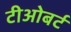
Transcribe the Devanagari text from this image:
टीओबर्ट